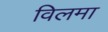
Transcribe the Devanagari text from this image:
विलमा